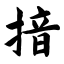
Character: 揞